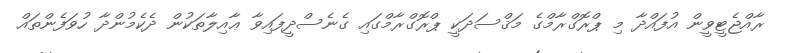
ރާއްޖެޓީވީން އުފައްދާ މި ޕްރޮގްރާމްގެ މަޤްސަދަކީ ޕްރޮގްރާމްގައި ގެނެސްދީފައިވާ ޢާއިލާތަކުން ދެކެމުންދާ ހުވަފެންތައް